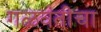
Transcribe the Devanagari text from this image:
गळवंतीचा